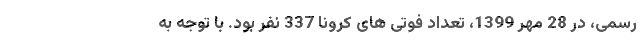
رسمی، در 28 مهر 1399، تعداد فوتی های کرونا 337 نفر بود. با توجه به